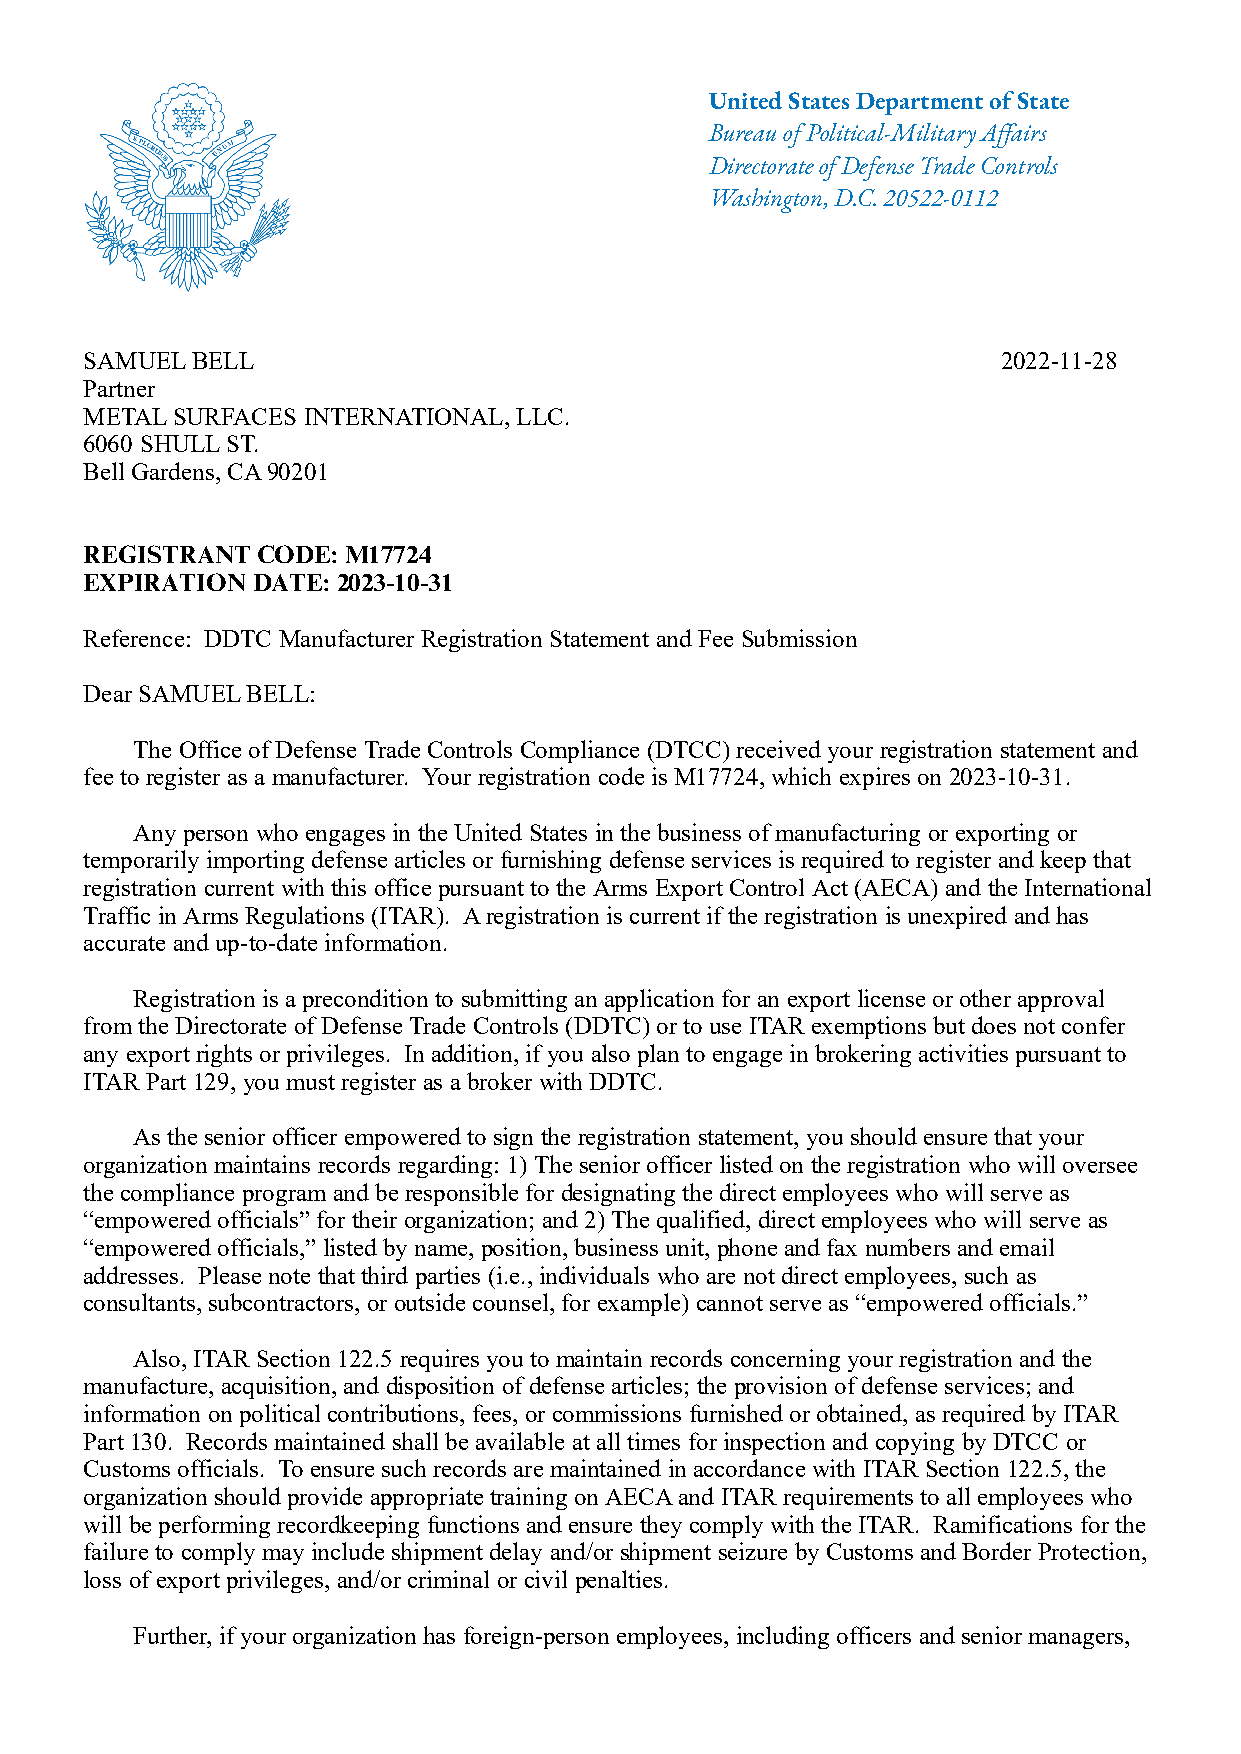
United States Department of State
 Bureau of Political-Military Affairs
 Directorate of Defense Trade Controls
 Washington, D.C. 20522-0112
 SAMUEL BELL                                                 2022-11-28
 Partner
 METAL SURFACES INTERNATIONAL, LLC.
 6060 SHULL ST.
 Bell Gardens, CA 90201
 REGISTRANT CODE: M17724
 EXPIRATION DATE: 2023-10-31
 Reference: DDTC Manufacturer Registration Statement and Fee Submission
 Dear SAMUEL BELL:
 The Office of Defense Trade Controls Compliance (DTCC) received your registration statement and
 fee to register as a manufacturer. Your registration code is M17724, which expires on 2023-10-31.
 Any person who engages in the United States in the business of manufacturing or exporting or
 temporarily importing defense articles or furnishing defense services is required to register and keep that
 registration current with this office pursuant to the Arms Export Control Act (AECA) and the International
 Traffic in Arms Regulations (ITAR). A registration is current if the registration is unexpired and has
 accurate and up-to-date information.
 Registration is a precondition to submitting an application for an export license or other approval
 from the Directorate of Defense Trade Controls (DDTC) or to use ITAR exemptions but does not confer
 any export rights or privileges. In addition, if you also plan to engage in brokering activities pursuant to
 ITAR Part 129, you must register as a broker with DDTC.
 As the senior officer empowered to sign the registration statement, you should ensure that your
 organization maintains records regarding: 1) The senior officer listed on the registration who will oversee
 the compliance program and be responsible for designating the direct employees who will serve as
 “empowered officials” for their organization; and 2) The qualified, direct employees who will serve as
 “empowered officials,” listed by name, position, business unit, phone and fax numbers and email
 addresses. Please note that third parties (i.e., individuals who are not direct employees, such as
 consultants, subcontractors, or outside counsel, for example) cannot serve as “empowered officials.”
 Also, ITAR Section 122.5 requires you to maintain records concerning your registration and the
 manufacture, acquisition, and disposition of defense articles; the provision of defense services; and
 information on political contributions, fees, or commissions furnished or obtained, as required by ITAR
 Part 130. Records maintained shall be available at all times for inspection and copying by DTCC or
 Customs officials. To ensure such records are maintained in accordance with ITAR Section 122.5, the
 organization should provide appropriate training on AECA and ITAR requirements to all employees who
 will be performing recordkeeping functions and ensure they comply with the ITAR. Ramifications for the
 failure to comply may include shipment delay and/or shipment seizure by Customs and Border Protection,
 loss of export privileges, and/or criminal or civil penalties.
 Further, if your organization has foreign-person employees, including officers and senior managers,